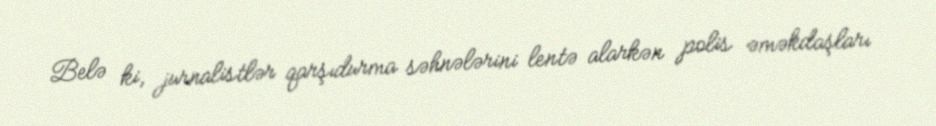
Belə ki, jurnalistlər qarşıdurma səhnələrini lentə alarkən polis əməkdaşları